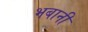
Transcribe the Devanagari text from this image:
भबानी